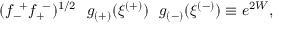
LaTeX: ( f _ { - } ^ { ~ + } f _ { + } ^ { ~ - } ) ^ { 1 / 2 } ~ ~ g _ { ( + ) } ( \xi ^ { ( + ) } ) ~ ~ g _ { ( - ) } ( \xi ^ { ( - ) } ) \equiv e ^ { 2 W } ,